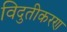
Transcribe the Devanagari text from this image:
विदुतीकरण